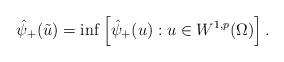
LaTeX: \begin{align*}\hat{\psi}_+(\tilde{u})=\inf\left[\hat{\psi}_+(u):u\in W^{1,p}(\Omega)\right].\end{align*}